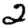
Digit: 2